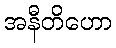
အနီတိဟော